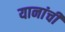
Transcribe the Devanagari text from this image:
यानांची